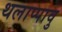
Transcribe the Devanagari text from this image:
थलाप्पावु